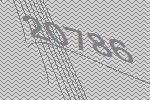
20786